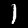
Digit: 1